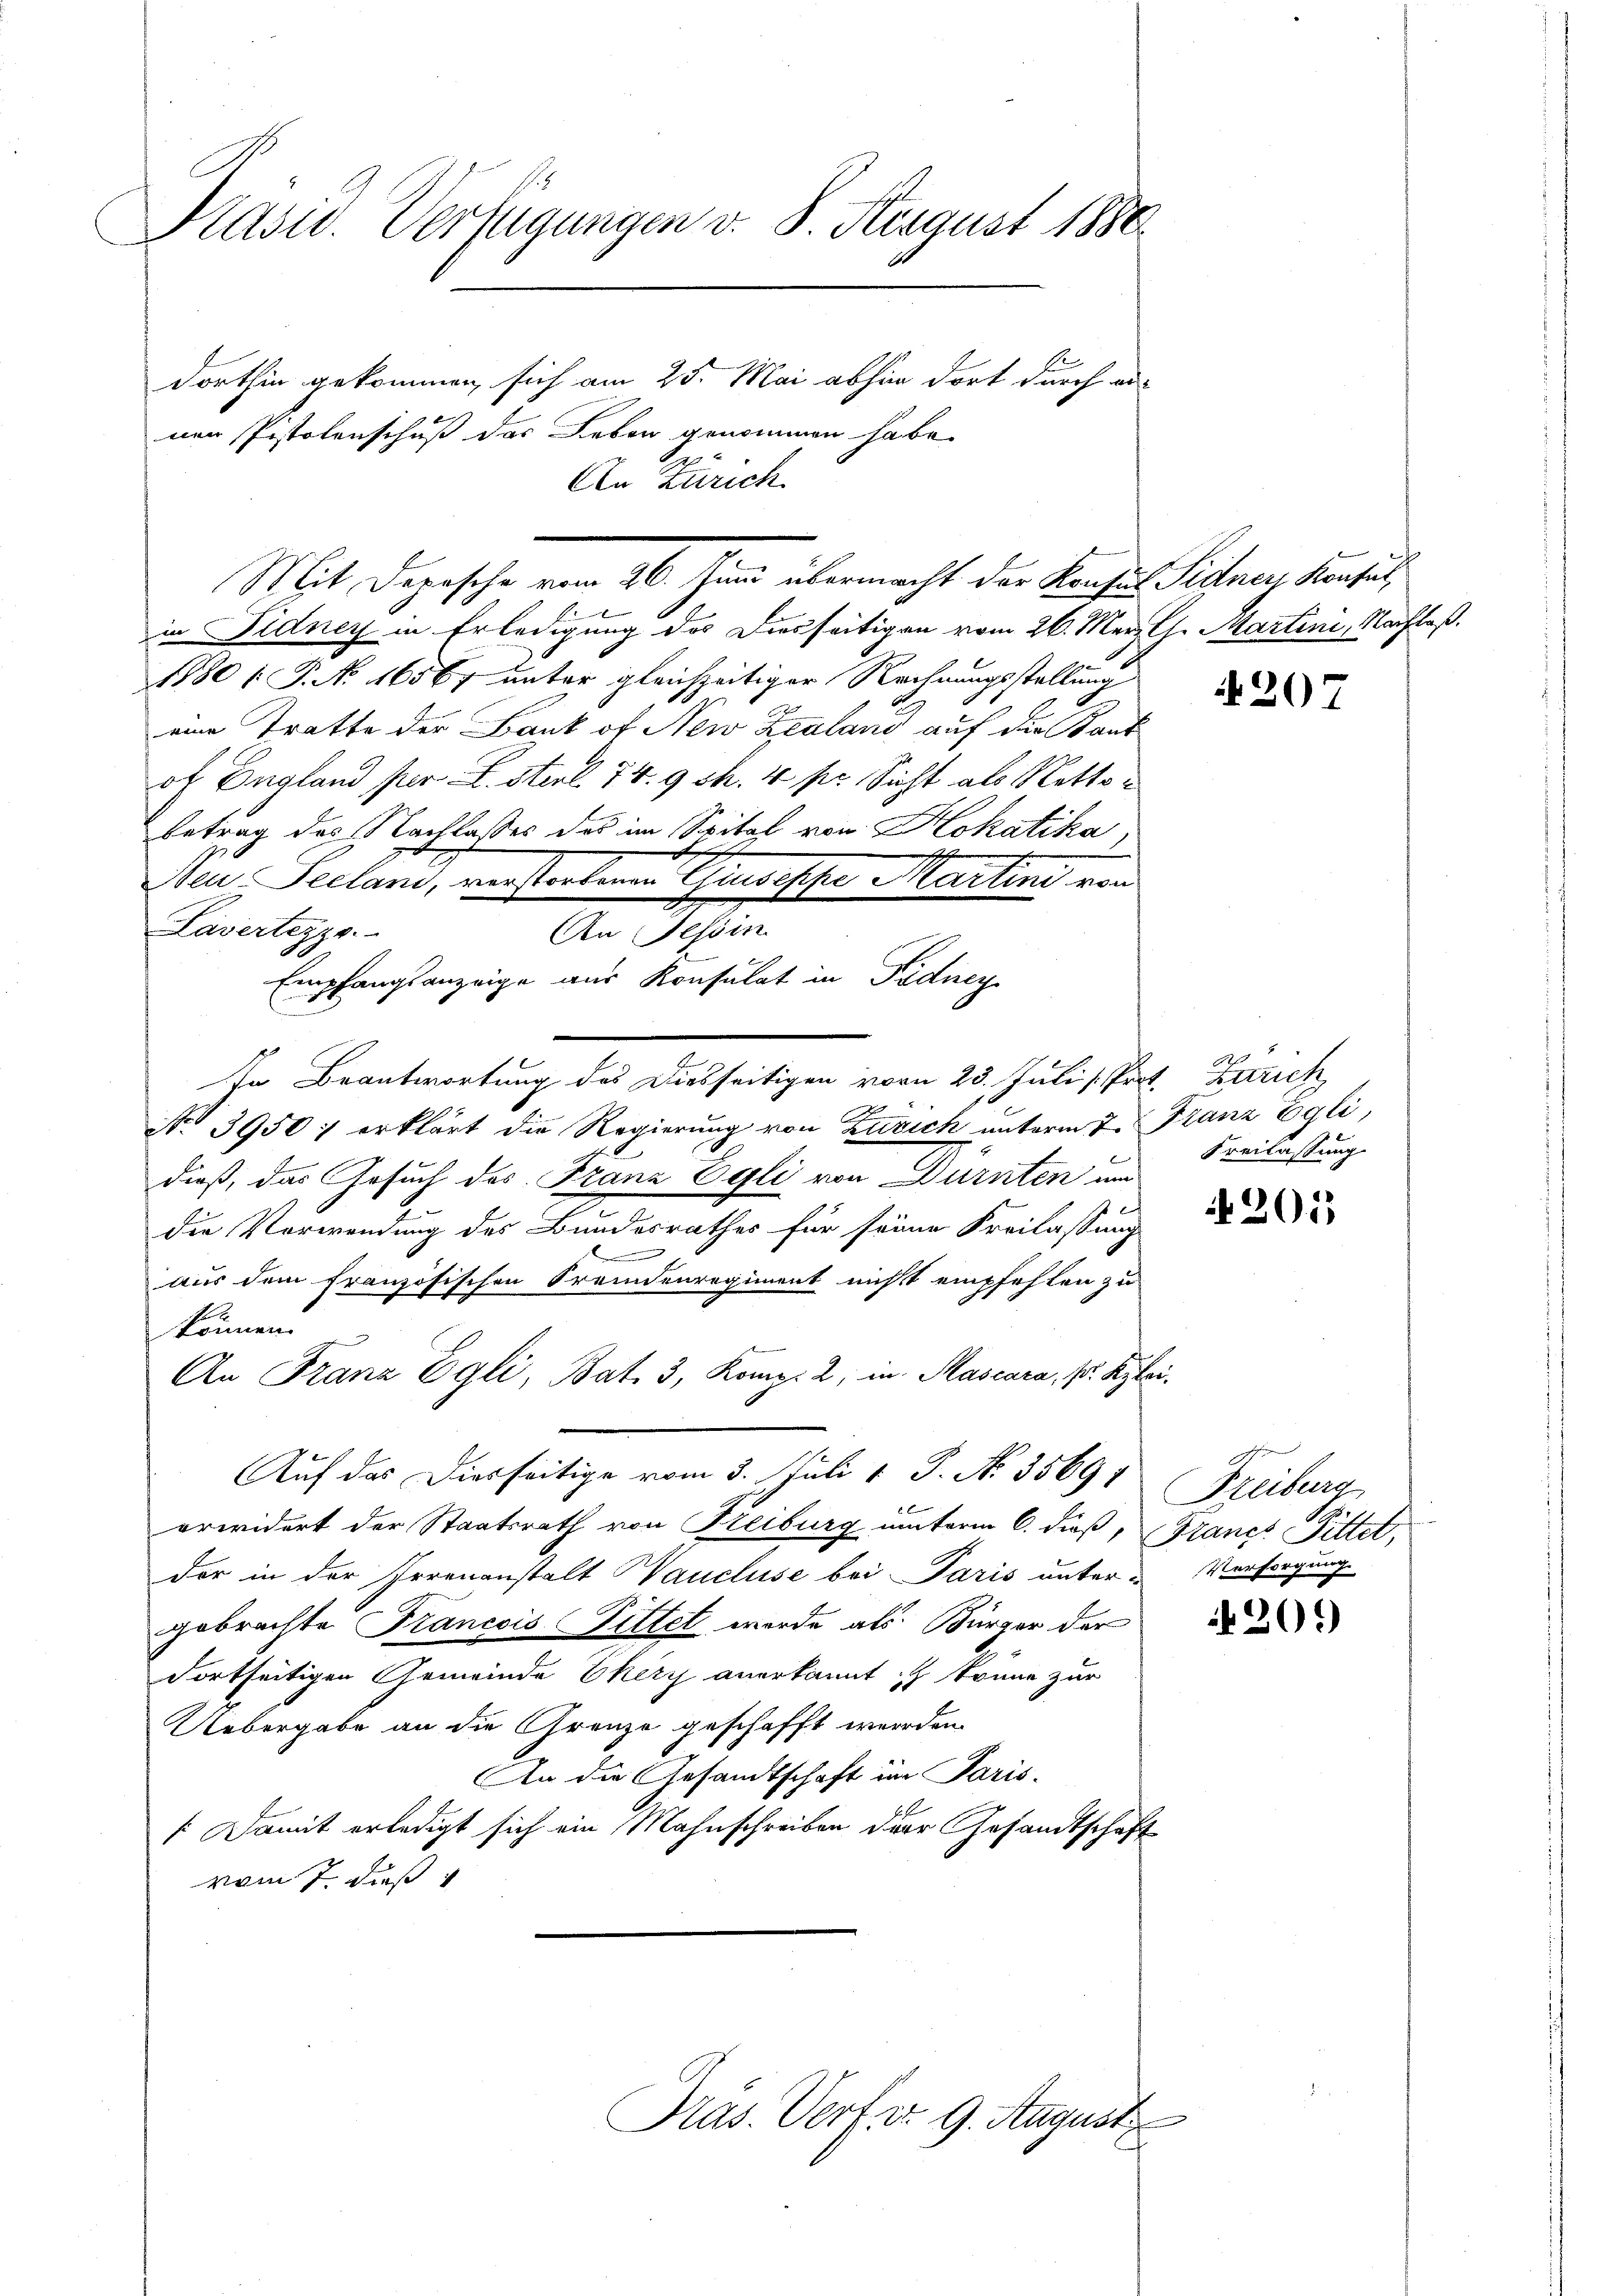
Prasw. Verfügungen v. 8. August 1880
dorthin gekommen sich am 25. Mai abhin dort durch aus
nen Pistolenschuß des Leben genommen habe.

An Zürich
in idney in Erledigung des Diesseitigen vom 26. März l. Martini, Nachlaß.
1880 [ P. No. 16567 unter gleichzeitiger Rechnungsstellung
eine Tratte der Bank of New Zeulani auf der Kant
of England per L. Sterl. 74. 9 s. 4 pr. Sicht als Netto
Betrag des Nachlasses das im Spital von Hokatika,
g
e
Neu - Seelani, verstorbenen Griseppe Martini von
Lavertezzo.
An Schen
Empfangsanzeige aus Konsulat in Pödiney
d
In Beantwortung des Diesseitigen vorn 23. Juli Prot. Zürich,
No 3950 erklärt die Regierung von Zürich unterm 7. Franz Egli,
dieß, das Gesuch des Franz Egli von Dürnten und
die Verwendung des Bundesrathes für seine Freilassung
d
aus dem französischen Fremdenregiment nicht empfehlen zu
können.
d
An Franz Egli, Bat. 3, Komp. 2, in Mascara, s. Ryte
Auf das Diesseitige vom 3. Juli 1 P. No. 3569.
orwidert der Staatsrath von Freiburg unterm 6. dieß, Francs Pittet,
der in der Irrenanstalt Saucluse bei Paris unter u Versorgung
gebrachte Francois Bittet werde als Bürger der
dortseitigen Gemeinde Ehery anerkannt in könne zur
Uebergabe an die Grenze geschafft werden.
An die Gesandtschaft im Paris.
/ Damit erledigt sich ein Mahnschreiben der Gesandtschaft
vom 7. daß

Kas. Vertir 9. August

Mit Depesche vom 26. Juni übermacht der Konfus Siders Konsul

Freilassung

Freiburg

u

207

201

20.